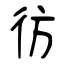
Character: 彷